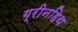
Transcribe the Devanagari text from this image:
ग्रीनहिथ